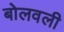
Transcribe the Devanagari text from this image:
बोलवली